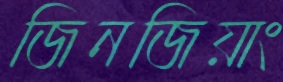
জিনজিয়াং